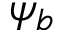
\psi _ { b }